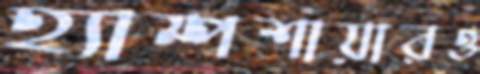
হ্যাম্পশায়ারও